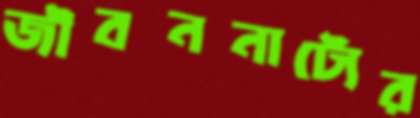
জীবননাট্যের